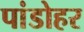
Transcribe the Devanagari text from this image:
पांडोहर